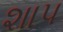
શાપ